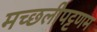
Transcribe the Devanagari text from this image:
मच्‍छलीपट्टणम